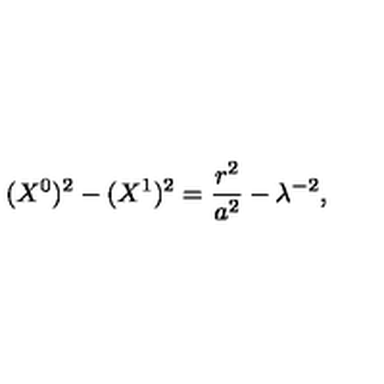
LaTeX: ( X ^ { 0 } ) ^ { 2 } - ( X ^ { 1 } ) ^ { 2 } = \frac { r ^ { 2 } } { a ^ { 2 } } - \lambda ^ { - 2 } ,